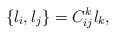
\begin{align*}\{l_{i},l_{j}\}=C_{ij}^{k}l_{k}, \end{align*}